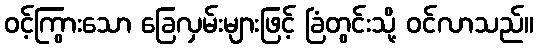
ဝင့်ကြွားသော ခြေလှမ်းများဖြင့် ခြံတွင်းသို့ ဝင်လာသည်။